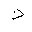
Letter: _dal